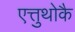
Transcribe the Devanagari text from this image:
एत्तुथोकै